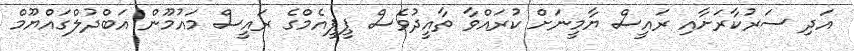
އަދި ސަރުކާރަށާއި ރައީސް ޔާމީނަށް ކުރައްވާ ތާއީދުވެސް ޕީޕީއެމްގެ ރައީސް މައުމޫން އަބްދުލްގައްޔޫމް